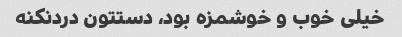
خیلی خوب و خوشمزه بود، دستتون دردنکنه